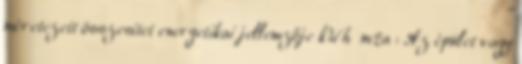
méretezett összesítet energetikai jellemzője kWh m2a : Az épület vagy